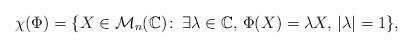
LaTeX: \begin{align*}\chi (\Phi) = \lbrace X \in \mathcal{M}_n(\mathbb{C}) \colon \, \exists \lambda \in \mathbb{C}, \, \Phi(X) = \lambda X, \, \vert \lambda \vert = 1 \rbrace, \end{align*}